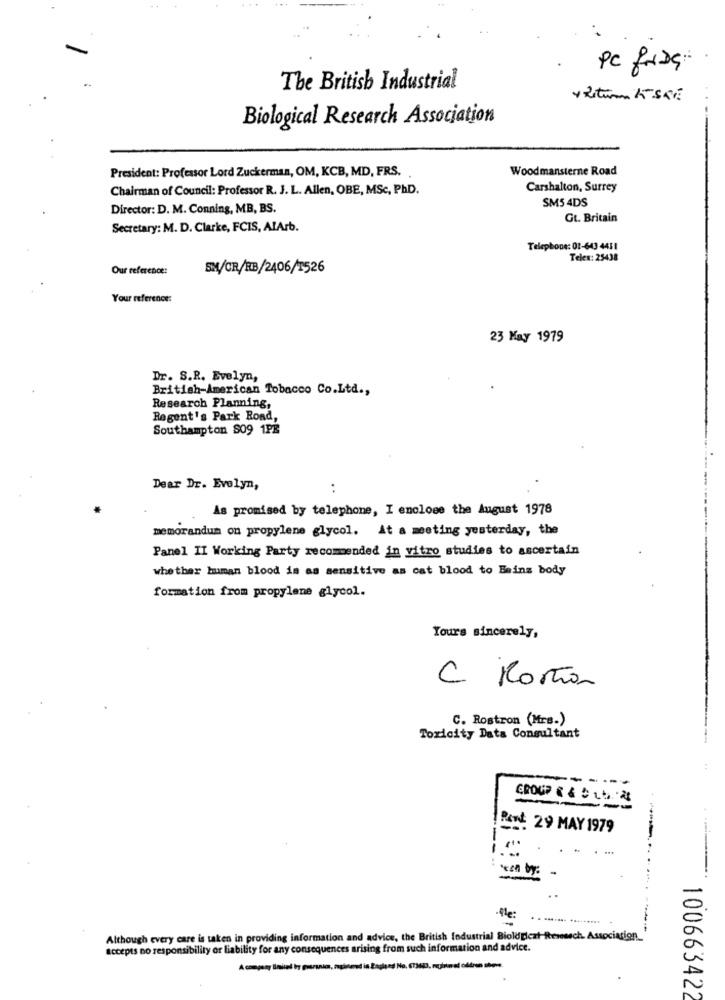
PC forDs
The British Industrial
Biological Research Association
President: Professor Lord Zuckerman, OM, KCB, MD, FRS. .
Woodmansterne Road
Chairman of Council: Professor R. J. L. Allen, OBE, MSc, PhD.
Carshalton, Surrey
SM5 4DS
Director: D. M. Conning, MB, BS.
Gt. Britain
Secretary: M. D. Clarke, FCIS, AlArb.
Telephone: 01-643 4411
Telex: 25438
Our reference:
SM/CR/RB/2406/1526
Your reference:
23 May 1979
Dr. S.R. Evelyn,
British-American Tobacco Co.Ltd .,
Research Planning,
Regent's Park Road,
Southampton S09 1PE
Dear Dr. Evelyn,
..
As promised by telephone, I enclose the August 1978
memorandum on propylene glycol. At a meeting yesterday, the
Panel II Working Party recommended in vitro studies to ascertain
whether human blood in as sensitive as cat blood to Bains body
formation from propylene glycol.
Yours sincerely,
C Morta
C. Rostron (Mrs.)
Toxicity Data Consultant
----
GROUP & & & Lt
Port: 29 MAY 1979
Although every care is taken in providing information and advice, the British fodustrial Bioldplezt ftenewsch Association_
accepts no responsibility or liability for any consequences arising from such information and advice.
A company inited by puzulo, soupised in Copied No. 67361), regional oddran store.
100663422